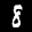
Label: 8